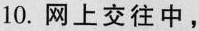
10.网上交往中，